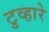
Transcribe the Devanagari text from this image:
टुव्हारे